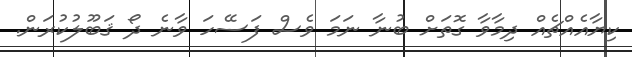
ކިޔާއެއްޗެއް ދިމާވާ ގޮތަށް ބުނާ ނަމަ ވެސް ފަސޭހަ ވާނެ ދޯ ޤަބޫލުކުރަން.